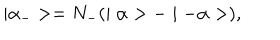
\mid \alpha _ { - } > = N _ { - } ( \mid \alpha > - \mid - \alpha > ) ,